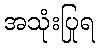
အသုံးပြုရ